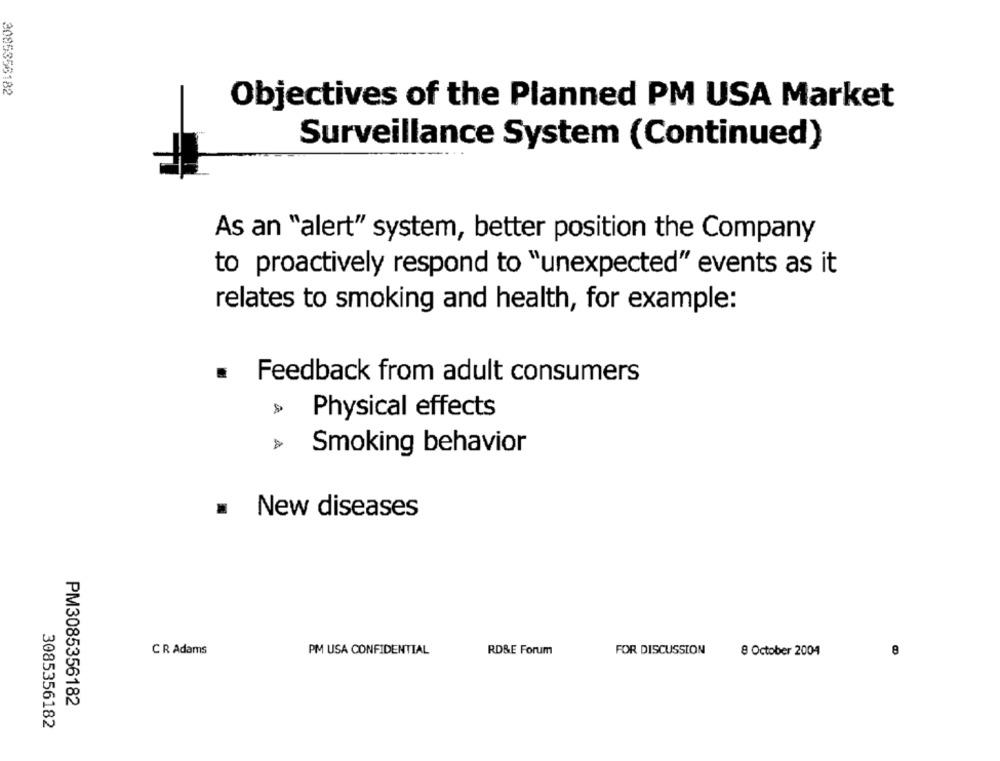
3085356182
Objectives of the Planned PM USA Market
Surveillance System (Continued)
As an "alert" system, better position the Company
to proactively respond to "unexpected" events as it
relates to smoking and health, for example:
.
Feedback from adult consumers
Physical effects
Smoking behavior
.
New diseases
CR Adams
PM USA CONFIDENTIAL
RD&E Forum
FOR DISCUSSION
8 October 2004
8
PM3085356182
3085356182